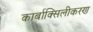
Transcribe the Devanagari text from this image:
कार्बाक्सिलीकरण